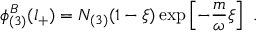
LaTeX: \phi _ { ( 3 ) } ^ { B } ( l _ { + } ) = N _ { ( 3 ) } ( 1 - \xi ) \exp \left[ - \frac { m } { \omega } \xi \right] \ .